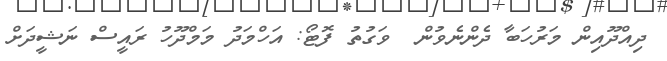
ދިއްދޫއިން މަރުހަބާ ދެންނެވުން  ވަގުތު ފޮޓޯ: އަހްމަދު މަމްދޫހު ރައީސް ނަޝީދަށް